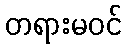
တရားမဝင်